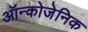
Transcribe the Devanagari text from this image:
ऑन्कोजेनिक